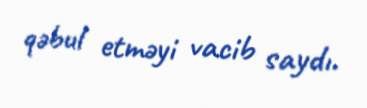
qəbul etməyi vacib saydı.